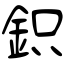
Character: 鉙